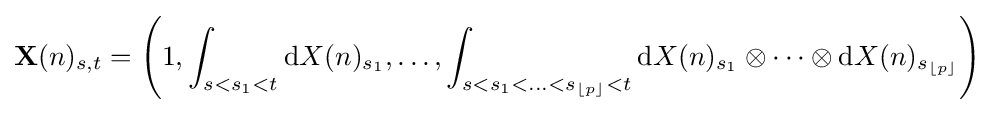
\mathbf {X} (n)_{s,t}=\left(1,\int _{s<s_{1}<t}\mathrm {d} X(n)_{s_{1}},\ldots ,\int _{s<s_{1}<\ldots <s_{\lfloor p\rfloor }<t}\mathrm {d} X(n)_{s_{1}}\otimes \cdots \otimes \mathrm {d} X(n)_{s_{\lfloor p\rfloor }}\right)